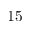
1 5